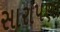
સારાપણા